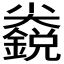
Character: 𱚬